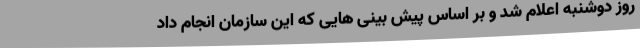
روز دوشنبه اعلام شد و بر اساس پیش بینی هایی که این سازمان انجام داد